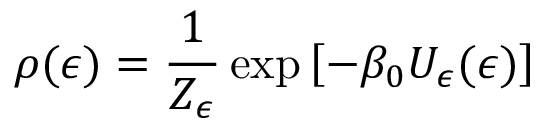
\rho ( \epsilon ) = \frac { 1 } { Z _ { \epsilon } } \exp \left[ - \beta _ { 0 } U _ { \epsilon } ( \epsilon ) \right]